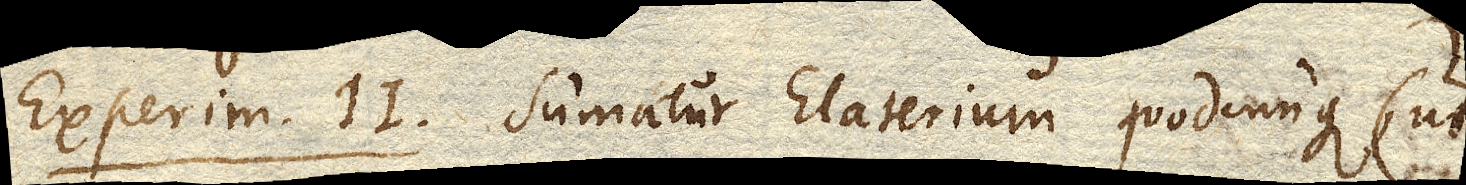
Experim. II. Sumatur Elaterium quodcunque, (ut